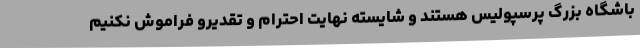
باشگاه بزرگ پرسپولیس هستند و شایسته نهایت احترام و تقدیرو فراموش نکنیم